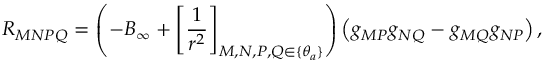
R _ { M N P Q } = \left( - B _ { \infty } + \left[ \frac { 1 } { r ^ { 2 } } \right] _ { M , N , P , Q \in \{ \theta _ { a } \} } \right) \left( g _ { M P } g _ { N Q } - g _ { M Q } g _ { N P } \right) ,